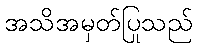
အသိအမှတ်ပြုသည်